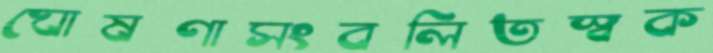
ঘোষণাসংবলিতস্বক